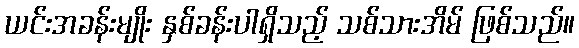
ယင်းအခန်းမျိုး နှစ်ခန်းပါရှိသည့် သစ်သားအိမ် ဖြစ်သည်။